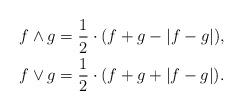
LaTeX: \begin{align*} f\wedge g & = \frac{1}{2}\cdot (f + g - |f-g|),\\f\vee g & = \frac{1}{2}\cdot (f + g + |f-g|).\end{align*}